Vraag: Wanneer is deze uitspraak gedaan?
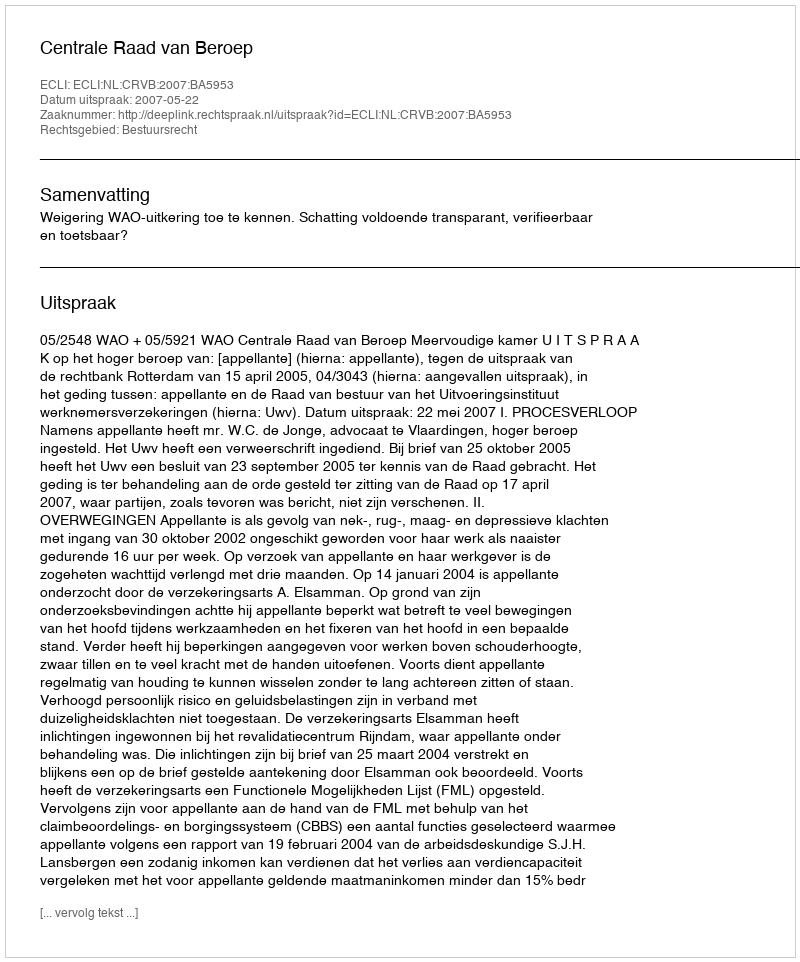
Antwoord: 2007-05-22